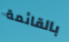
بالقائمة